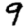
Digit: 9